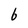
Character: b